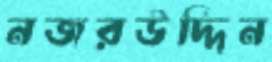
নজরউদ্দিন